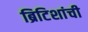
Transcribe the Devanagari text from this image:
ब्रिटिशांची